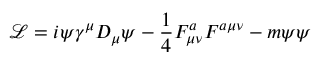
\mathcal { L } = i { \psi } \gamma ^ { \mu } D _ { \mu } \psi - \frac { 1 } { 4 } F _ { \mu \nu } ^ { a } F ^ { a \mu \nu } - m { \psi } \psi